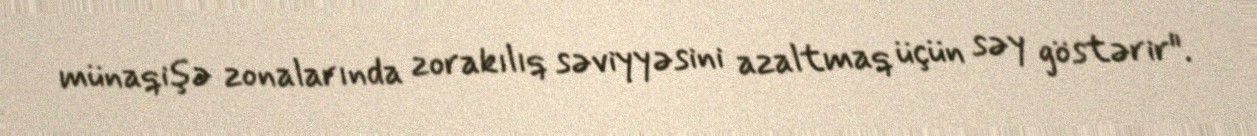
münaqişə zonalarında zorakılıq səviyyəsini azaltmaq üçün səy göstərir".